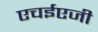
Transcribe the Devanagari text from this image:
एचईएजी